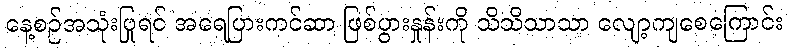
နေ့စဉ်အသုံးပြုရင် အရေပြားကင်ဆာ ဖြစ်ပွားနှုန်းကို သိသိသာသာ လျော့ကျစေကြောင်း